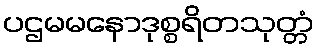
ပဌမမနောဒုစ္စရိတသုတ္တံ